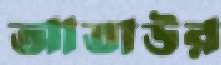
আতাউর